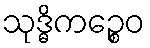
သုဒ္ဓိကဉ္စေဝ